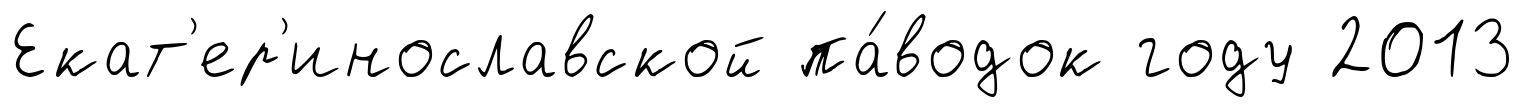
Екат'ер'инославской па́водок году 2013